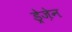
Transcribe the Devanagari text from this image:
ड्रेज़ेन